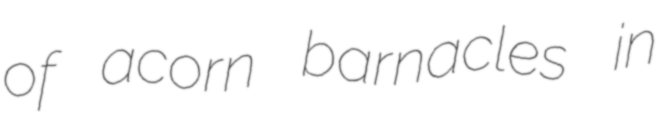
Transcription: of acorn barnacles in